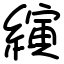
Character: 縯